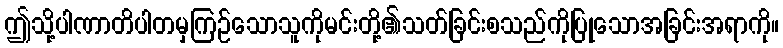
ဤသို့ပါဏာတိပါတမှကြဉ်သောသူကိုမင်းတို့၏သတ်ခြင်းစသည်ကိုပြုသောအခြင်းအရာကို။